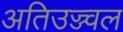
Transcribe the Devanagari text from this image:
अतिउज्ज्वल